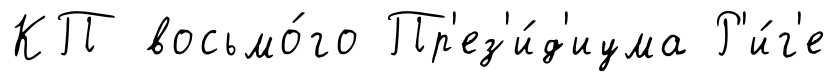
КП восьмо́го Пр'ез'и́д'иума Р'и́г'е